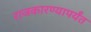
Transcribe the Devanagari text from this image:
राजकारण्यापर्यंत